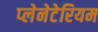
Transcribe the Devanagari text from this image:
प्‍लेनेटेरियम